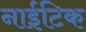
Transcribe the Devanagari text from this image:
नाईटिक